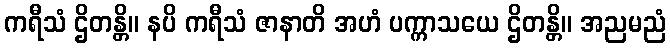
ကရီသံ ဌိတန္တိ။ နပိ ကရီသံ ဇာနာတိ အဟံ ပက္ကာသယေ ဌိတန္တိ။ အညမညံ